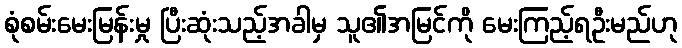
စုံစမ်းမေးမြန်းမှု ပြီးဆုံးသည့်အခါမှ သူ၏အမြင်ကို မေးကြည့်ရဦးမည်ဟု